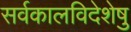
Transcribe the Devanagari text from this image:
सर्वकालविदेशेषु